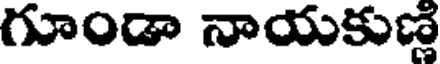
గూండా నాయకుణ